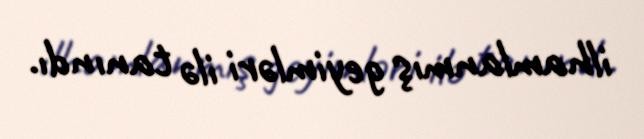
ilhamlanmış geyimləri ilə tanındı.